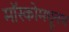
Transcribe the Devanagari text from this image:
मॉस्कोमधूनच